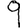
Digit: 9